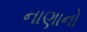
નાણાનો